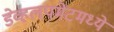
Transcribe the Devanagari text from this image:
डेव्हलपमेंटमध्ये